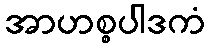
အာဟစ္စပါဒကံ